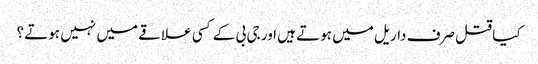
کیا قتل صرف داریل میں ہوتے ہیں اور جی بی کے کسی علاقے میں نہیں ہوتے ؟